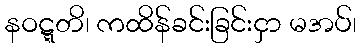
နဝဋ္ဋတိ၊ ကထိန်ခင်းခြင်းငှာ မအပ်၊